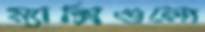
ম্যাক্সিগুলো